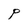
Character: P